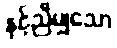
နှင့်ညီမျှသော